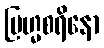
ဗြဟ္မစရိနော